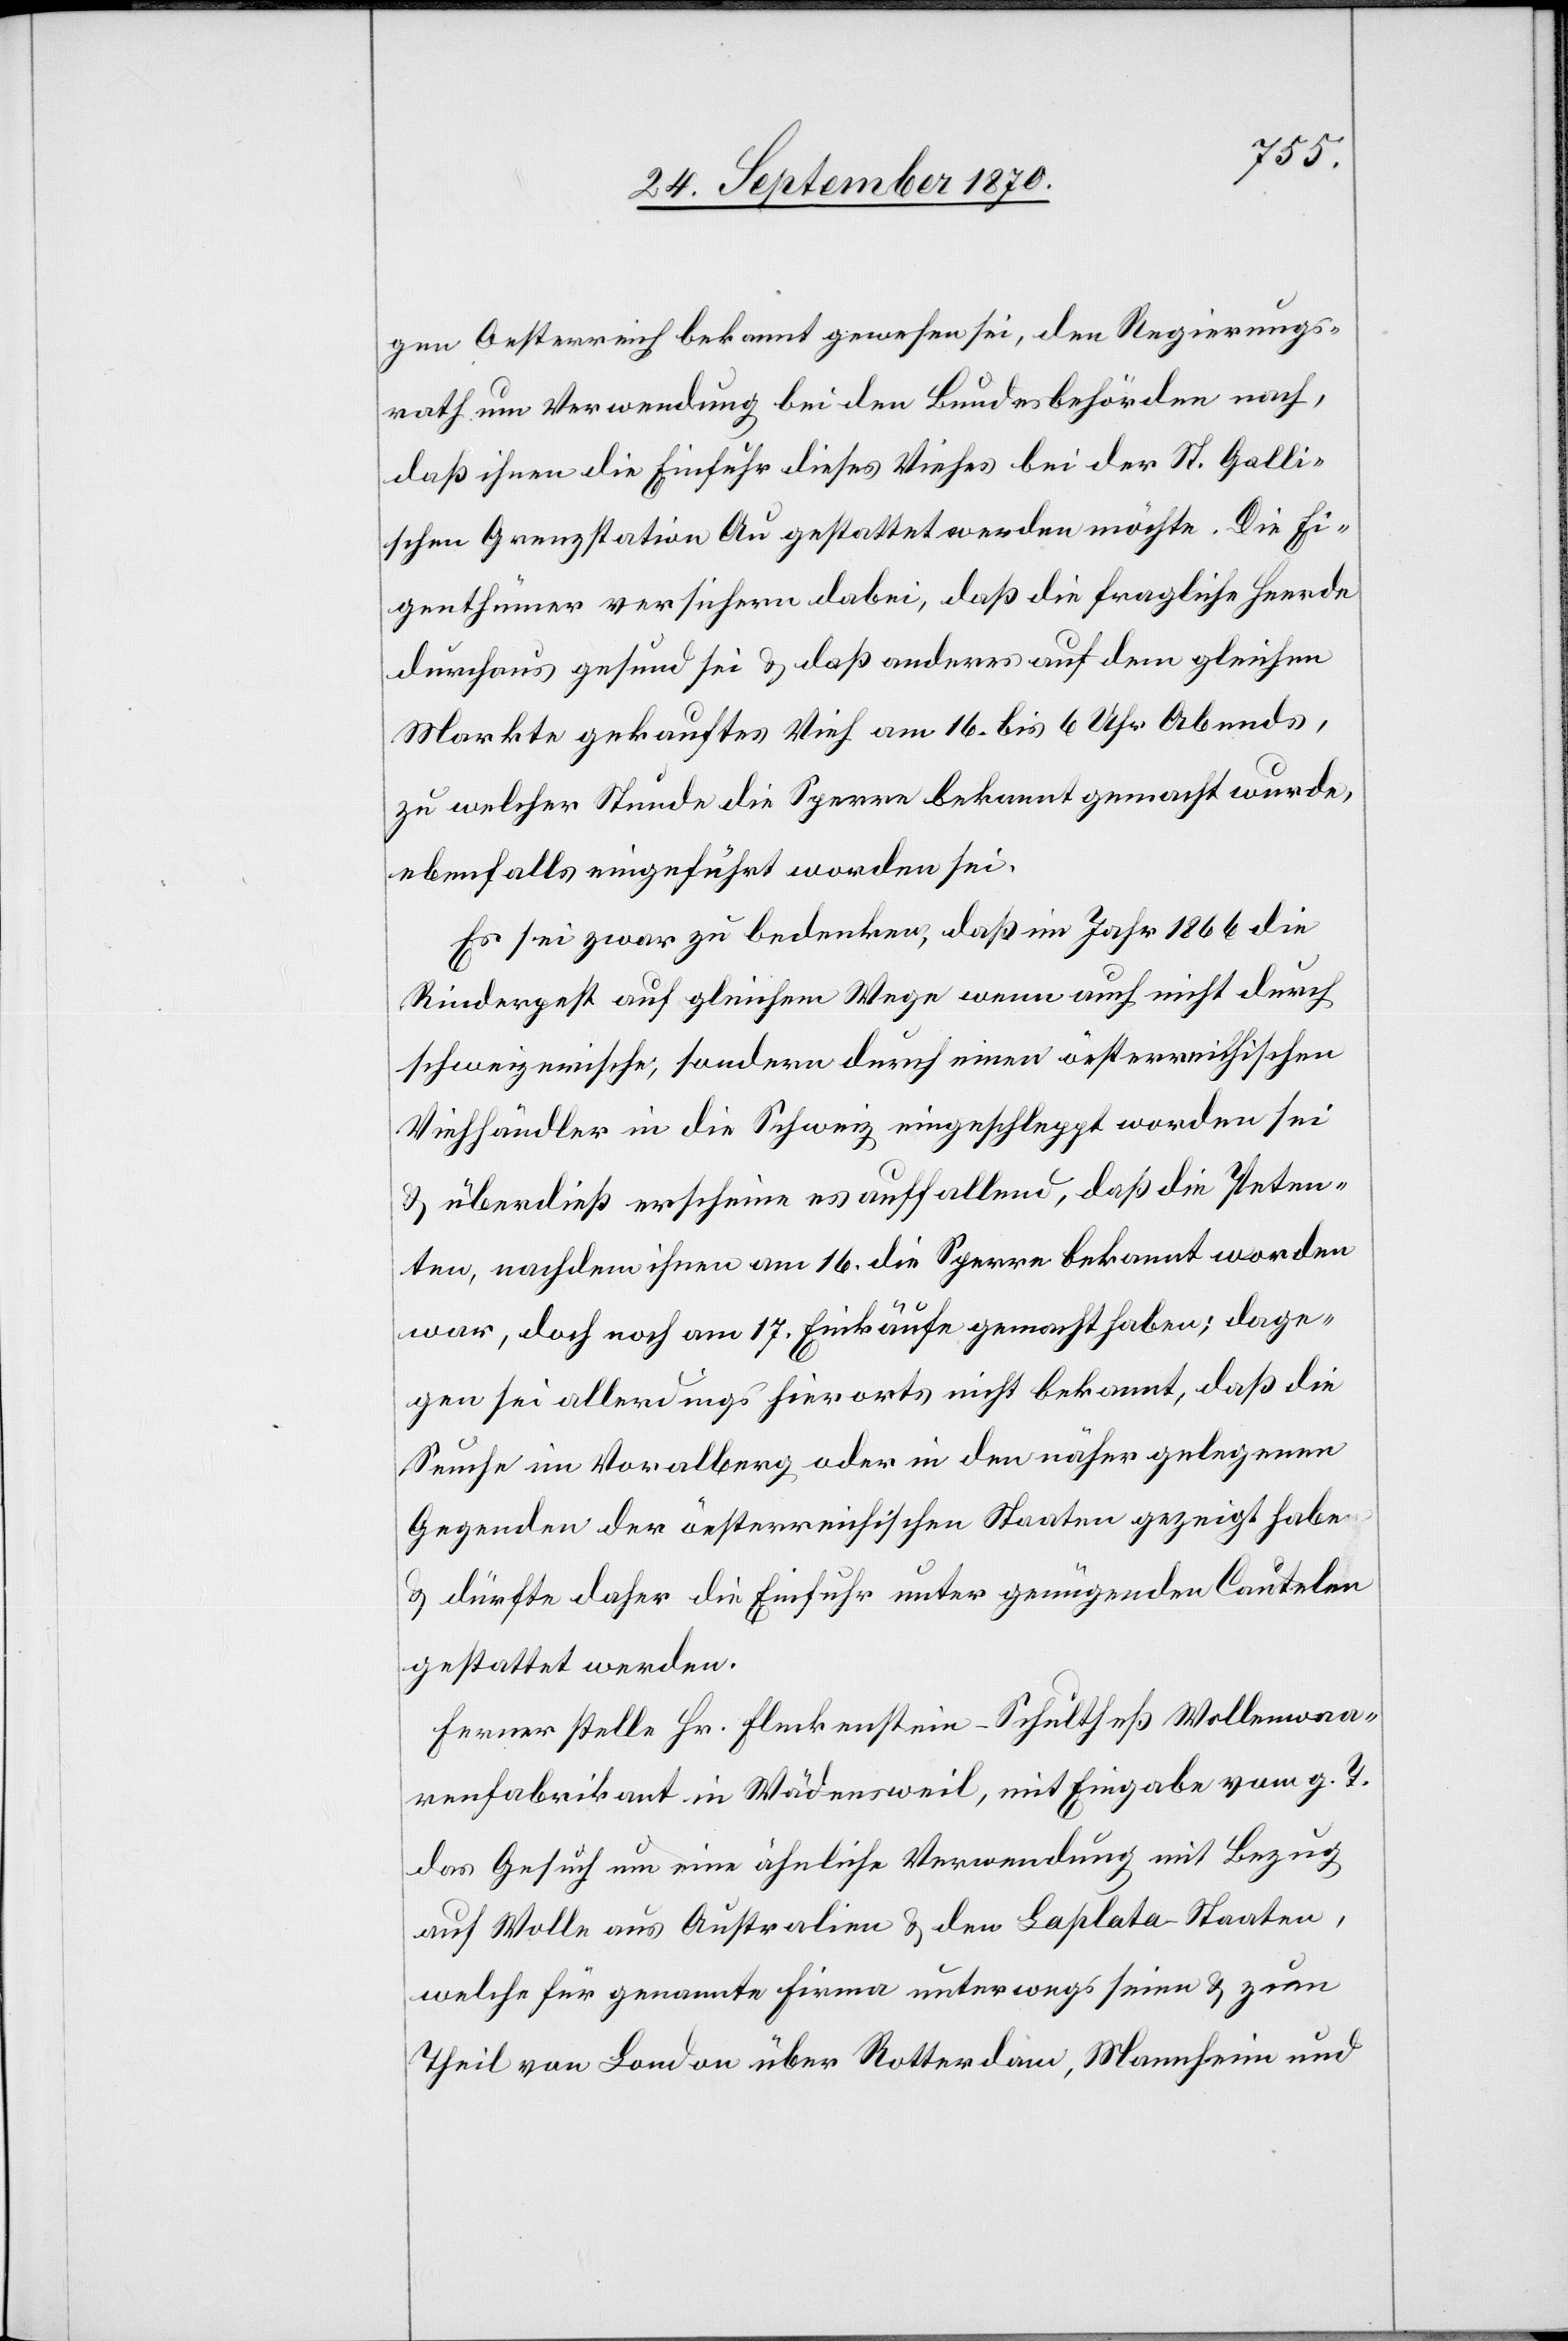
gen Oesterreich bekannt gewesen sei, den Regierungs¬
rath um Verwendung bei den Bundesbehörden nach,
daß ihnen die Einfuhr dieses Viehes bei der St. Galli¬
schen Grenzstation Au gestattet werden möchte. Die Ei¬
genthümer versichern dabei, daß die fragliche Heerde
durchaus gesund sei & daß anderes auf dem gleichen
Markte gekauftes Vieh am 16. bis 6 Uhr Abends,
zu welcher Stunde die Sperre bekannt gemacht wurde,
ebenfalls eingeführt worden sei.
Es sei zwar zu bedenken, daß im Jahr 1866 die
Rinderpest auf gleichem Wege wenn auch nicht durch
schweizerische, sondern durch einen öesterreichischen
Viehhändler in die Schweiz eingeschleppt worden sei
& überdieß erscheine es auffallend, daß die Peten¬
ten, nachdem ihnen am 16. die Sperre bekannt worden
war, doch noch am 17. Einkäufe gemacht haben; dage¬
gen sei allerdings hierorts nicht bekannt, daß [sich]
Seuche im Vora[r]lberg oder in den näher gelegenen
Gegenden der öesterreichischen [sic!] Staaten gezeigt habe
& dürfte daher die Einfuhr unter genügender Cautelen
gestattet werden.
Ferner stelle Hr. Fleckenstein-Schultheß Wollenwaa¬
renfabrikant in Wädensweil, mit Eingabe vom g. T
das Gesuch um eine ähnliche Verwendung mit Bezug
auf Wolle aus Australien & den Laplata-Staaten,
welche für genannte Firma unterwegs seien & zum
Theil von London über Rotterdam, Mannheim und